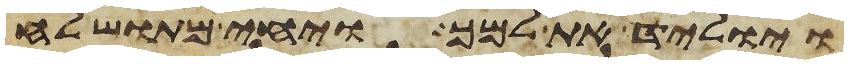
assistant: ויוליד את למך ויחי מתושלח